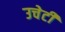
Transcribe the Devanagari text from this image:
उचेटी